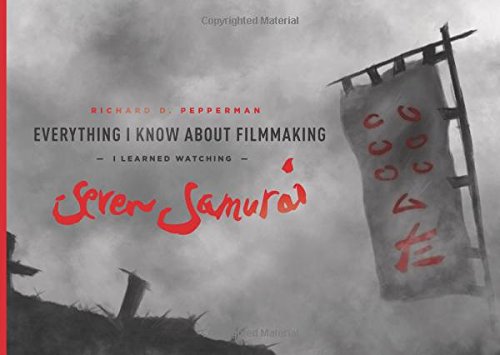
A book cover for Everything I Know About Filmmaking I Learned Watching Seven Samurai; Richard D. Pepperman; Humor & Entertainment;